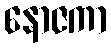
နောဇကာ